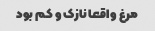
مرغ واقعا نازک و کم بود